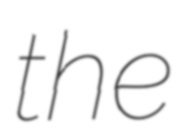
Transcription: the